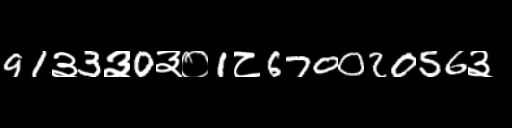
Text: 91३3३0३०1८67002056३